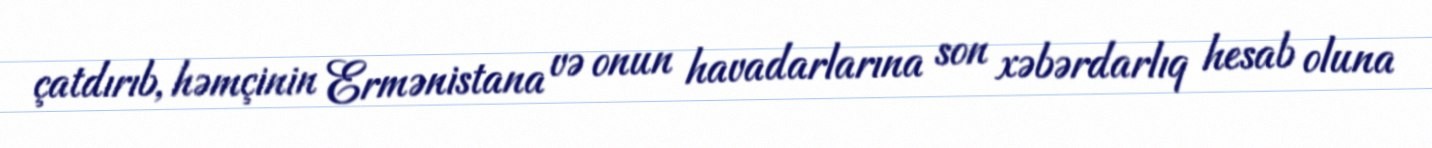
çatdırıb, həmçinin Ermənistana və onun havadarlarına son xəbərdarlıq hesab oluna